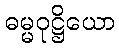
ဓမ္မဝုဋ္ဌိယော